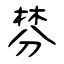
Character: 棼